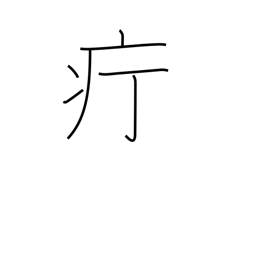
Meaning: carbuncle